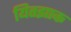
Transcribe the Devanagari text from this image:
यितझाक